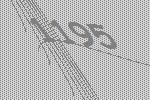
1195